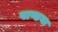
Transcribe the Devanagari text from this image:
पाण्डया